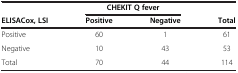
<table><thead><tr><td><b> </b></td><td colspan="2"><b>CHEKIT Q fever</b></td><td><b> </b></td></tr><tr><td><b>ELISACox, LSI</b></td><td><b>Positive</b></td><td><b>Negative</b></td><td><b>Total</b></td></tr></thead><tbody><tr><td>Positive</td><td>60</td><td>1</td><td>61</td></tr><tr><td>Negative</td><td>10</td><td>43</td><td>53</td></tr><tr><td>Total</td><td>70</td><td>44</td><td>114</td></tr></tbody></table>